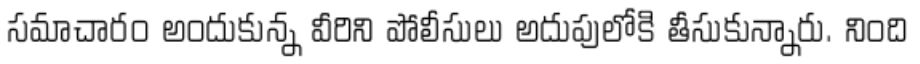
సమాచారం అందుకున్న వీరిని పోలీసులు అదుపులోకి తీసుకున్నారు. నింది